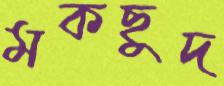
মকছুদ